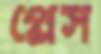
প্লেস